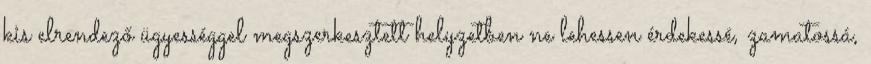
kis elrendező ügyességgel megszerkesztett helyzetben ne lehessen érdekessé, zamatossá,